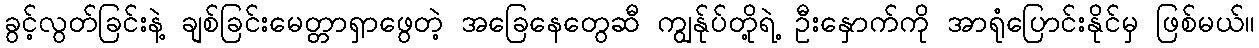
ခွင့်လွတ်ခြင်းနဲ့ ချစ်ခြင်းမေတ္တာရှာဖွေတဲ့ အခြေနေတွေဆီ ကျွန်ုပ်တို့ရဲ့ ဦးနှောက်ကို အာရုံပြောင်းနိုင်မှ ဖြစ်မယ်။